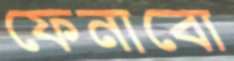
ফেনাবো